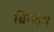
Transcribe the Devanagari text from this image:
ब्रिगहैम